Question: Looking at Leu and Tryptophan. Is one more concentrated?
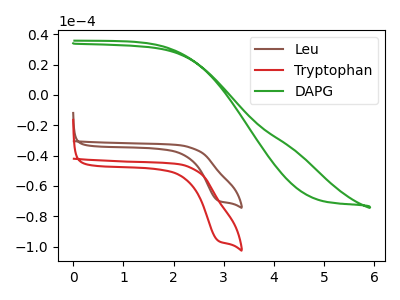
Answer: <think>The brown curve "Leu" has a cathodic peak at: (2.90V, -69.60uA). The red curve "Tryptophan" has a cathodic peak at: (2.90V, -95.95uA). The green curve "DAPG" has no peaks.
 All the peaks in "Leu" have a peak in "Tryptophan" at the same potential. Every peak in "Leu" is lower than every peak in "Tryptophan".</think>
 <answer>"Leu" has less signal than "Tryptophan" and so likely has a lower concentration.</answer>
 <eval>less_concentration</eval>